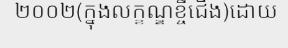
២០០២(ក្នុងលក្ខណ្ឌខ្ចីជើង)ដោយ